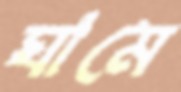
ঘামে